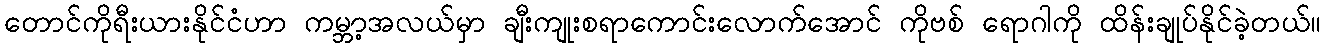
တောင်ကိုရီးယားနိုင်ငံဟာ ကမ္ဘာ့အလယ်မှာ ချီးကျုးစရာကောင်းလောက်အောင် ကိုဗစ် ရောဂါကို ထိန်းချုပ်နိုင်ခဲ့တယ်။